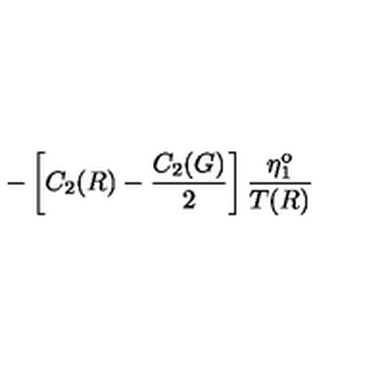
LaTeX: - \left[ C _ { 2 } ( R ) - \frac { C _ { 2 } ( G ) } { 2 } \right] \frac { \eta _ { 1 } ^ { \mathrm { o } } } { T ( R ) }